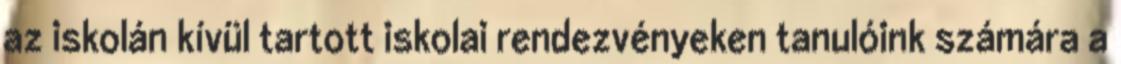
az iskolán kívül tartott iskolai rendezvényeken tanulóink számára a